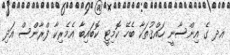
އދ ގެ އިންސާނީ ހައްޤުތަކާ ބެހޭ ކޮމިޓީ ކޮބައިބާ އެމެރިކާ ފްރާންސް އަދި